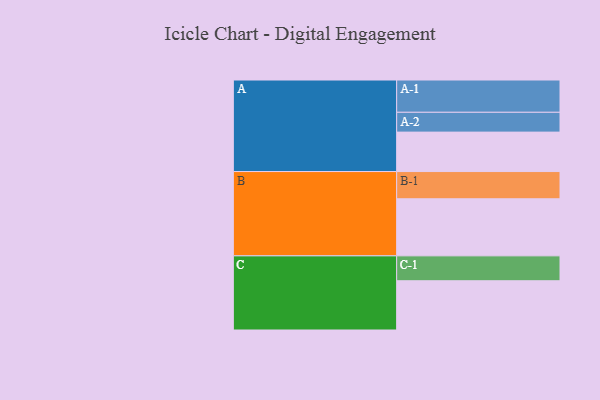
{"axis": {"x": "Segment", "y": "Value"}, "legend": ["", "A", "B", "C"], "data": [{"x": "A", "y": 358, "type": ""}, {"x": "B", "y": 518, "type": ""}, {"x": "C", "y": 447, "type": ""}, {"x": "A-1", "y": 293, "type": "A"}, {"x": "A-2", "y": 180, "type": "A"}, {"x": "B-1", "y": 247, "type": "B"}, {"x": "C-1", "y": 226, "type": "C"}]}